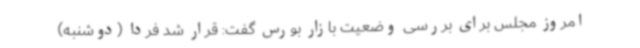
امروز مجلس برای بررسی وضعیت بازار بورس گفت: قرار شد فردا (دوشنبه)